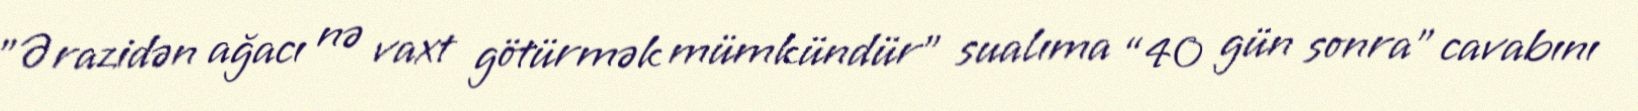
”Ərazidən ağacı nə vaxt götürmək mümkündür" sualıma “40 gün sonra” cavabını